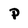
Character: P